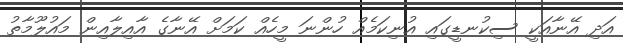
އަދި އޭނާއަކީ ސިކުނޑީގައި އުނިކަމެއް ހުންނަ މީހެއް ކަމަށް އޭނާގެ އާއިލާއިން މައުލޫމާތު